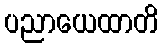
ပညာယေထာတိ